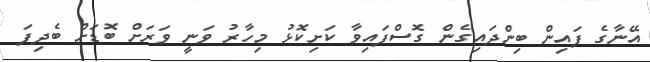
އޭނާގެ ފައިން ބިންދައިގެން ގޮސްފައިވާ ކަށިކޮޅު މިހާރު ވަނީ ވަރަށް ބޮޑަށް ބެދިފަ